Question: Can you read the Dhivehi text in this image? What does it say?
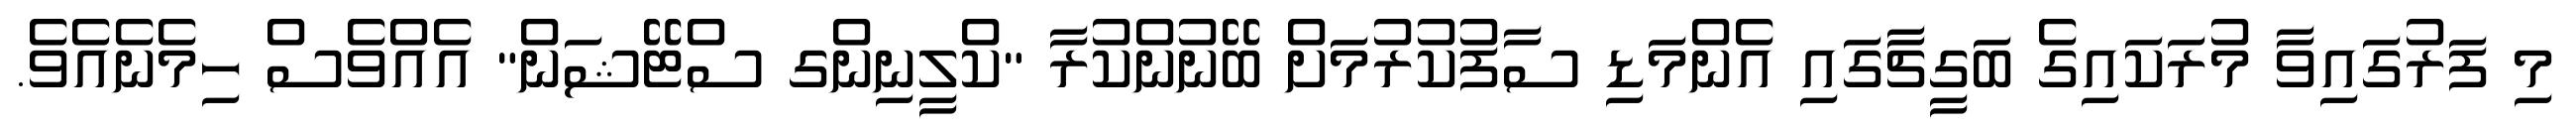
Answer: މި ފަރުގައިވާ މުރަކައިގެ ބަގީޗާގައި އެންމަޑި ސާފުކުރުމަށް ބޭނުންކުރާ "ކްލީނިންގ ސްޓޭޝަން" އެއްވެސް ހިމެނެއެވެ.